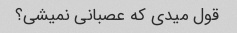
قول میدی که عصبانی نمیشی؟